Indian journal of veterinary science and animal husbandry - Volume 5,
Year: 1935
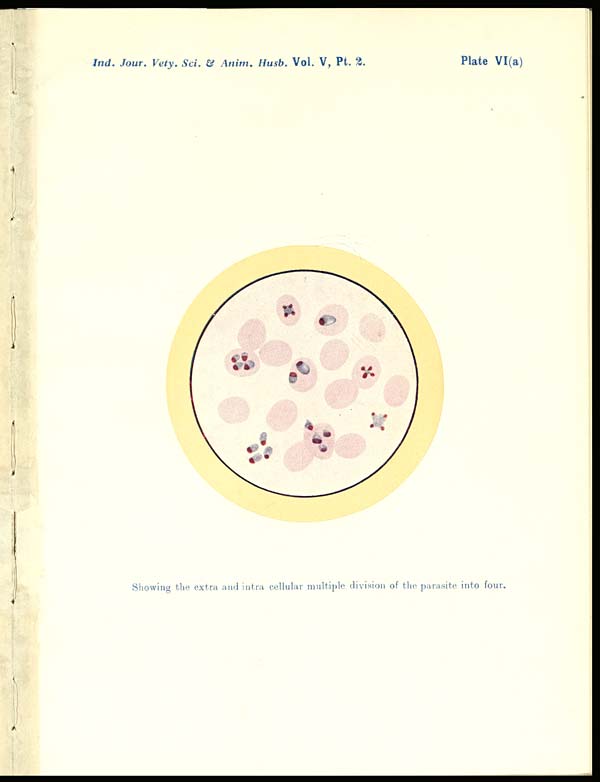
Ind. Jour, Vety. Set. & Anim. Husb. Vol. V, Pt. 3.
Plate VI(a)
Showing the extra and intra cellular multiple division of the parasite into four.